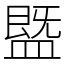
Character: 䀈